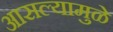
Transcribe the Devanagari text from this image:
आसल्‍यामुळे